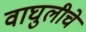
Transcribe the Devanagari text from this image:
वाघुलीचे